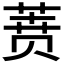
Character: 𰱟